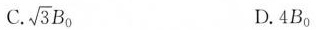
C. \sqrt{3}B_{0} D.4B_{0}